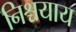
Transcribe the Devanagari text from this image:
निश्चयाय